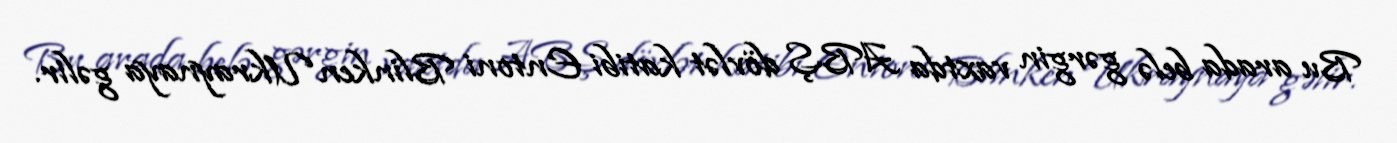
Bu arada belə gərgin vaxtda ABŞ dövlət katibi Entoni Blinken Ukraynaya gəlir.